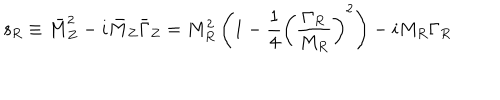
LaTeX: { \mathsf { s } } _ { R } \equiv \bar { M } _ { Z } ^ { 2 } - i \bar { M } _ { Z } \bar { \Gamma } _ { Z } = M _ { R } ^ { 2 } \left( 1 - \frac { 1 } { 4 } \left( \frac { \Gamma _ { R } } { M _ { R } } \right) ^ { 2 } \right) - i M _ { R } \Gamma _ { R }